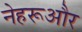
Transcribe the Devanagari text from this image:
नेहरूऔर